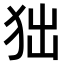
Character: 𤝒